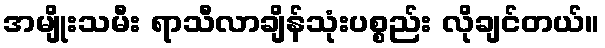
အမျိုးသမီး ရာသီလာချိန်သုံးပစ္စည်း လိုချင်တယ်။